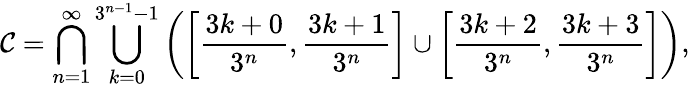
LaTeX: {\mathcal{C}}=\bigcap_{n=1}^{\infty}\bigcup_{k=0}^{3^{n-1}-1}\left(\left[{\frac{3k+0}{3^{n}}},{\frac{3k+1}{3^{n}}}\right]\cup\left[{\frac{3k+2}{3^{n}}},{\frac{3k+3}{3^{n}}}\right]\right),